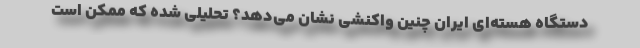
دستگاه هسته‌ای ایران چنین واکنشی نشان می‌دهد؟ تحلیلی شده که ممکن است